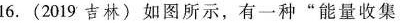
16.(2019吉林)如图所示，有一种”能量收集